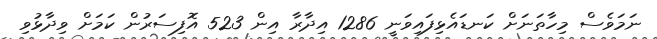
ނަމަވެސް މިހާތަނަށް ކަނޑައެޅިފައިވަނީ 1286 އިދާރާ އިން 523 އޮފިސަރުން ކަމަށް ވިދާޅުވި